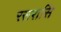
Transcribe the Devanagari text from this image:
रसरासि